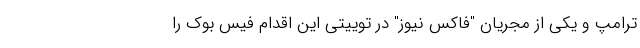
ترامپ و یکی از مجریان "فاکس نیوز" در توییتی این اقدام فیس بوک را